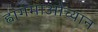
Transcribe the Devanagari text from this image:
ह्वांगमाओच्यान